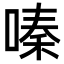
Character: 嗪